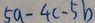
5 a - 4 c - 5 b